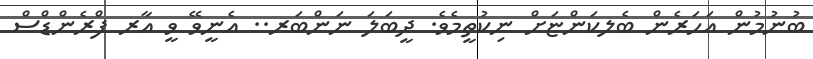
ބުނުމުން އަހަރެން ބެލކަންޏަށް ނިކުތީމެވެ. ދީބަލަ ނަންބަރ.. އެނީވޭ ވީ އާރ ފްރެންޑްސް